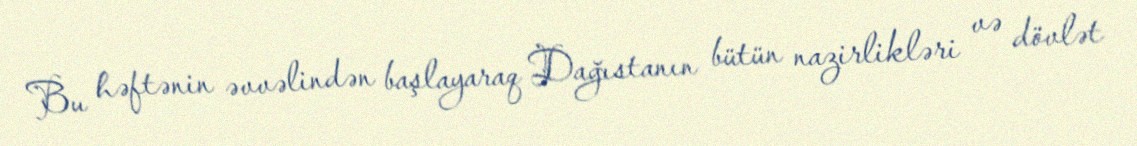
Bu həftənin əvvəlindən başlayaraq Dağıstanın bütün nazirlikləri və dövlət